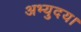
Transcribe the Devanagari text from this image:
अभ्युदय।